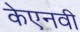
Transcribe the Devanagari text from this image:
केएनवी